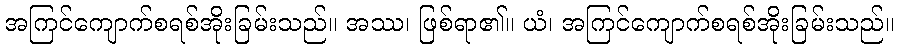
အကြင်ကျောက်စရစ်အိုးခြမ်းသည်။ အဿ၊ ဖြစ်ရာ၏။ ယံ၊ အကြင်ကျောက်စရစ်အိုးခြမ်းသည်။